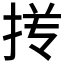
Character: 𰓢